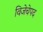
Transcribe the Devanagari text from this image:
विजेचेपद